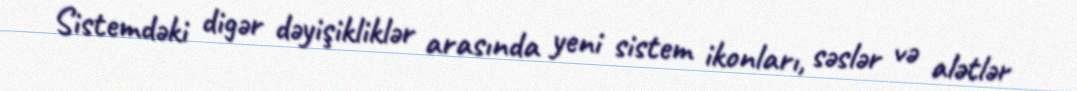
Sistemdəki digər dəyişikliklər arasında yeni sistem ikonları, səslər və alətlər